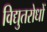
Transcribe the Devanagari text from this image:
विद्युतरोधों